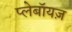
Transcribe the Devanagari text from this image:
प्लेबॉयज़